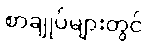
စာချုပ်များတွင်